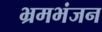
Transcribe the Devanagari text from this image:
भ्रमभंजन